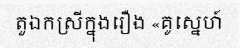
តួឯកស្រីក្នុងរឿង «គូស្នេហ៍